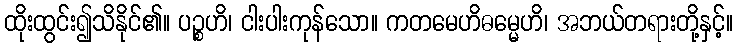
ထိုးထွင်း၍သိနိုင်၏။ ပဉ္စဟိ၊ ငါးပါးကုန်သော။ ကတမေဟိဓမ္မေဟိ၊ အဘယ်တရားတို့နှင့်။